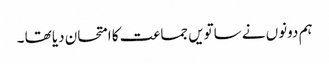
ہم دونوں نے ساتویں جماعت کا امتحان دیا تھا ۔